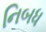
નિબધ